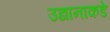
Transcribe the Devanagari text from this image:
उद्यानाकडे